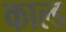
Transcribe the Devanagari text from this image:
काल्ड